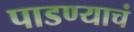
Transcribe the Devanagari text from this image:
पाडण्याचं